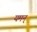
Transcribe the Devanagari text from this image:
यमन्